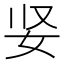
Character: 𫰐